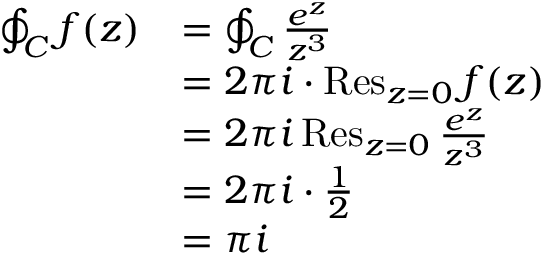
{ \begin{array} { r l } { \oint _ { C } f ( z ) } & { = \oint _ { C } { \frac { e ^ { z } } { z ^ { 3 } } } } \\ & { = 2 \pi i \cdot \operatorname { R e s } _ { z = 0 } f ( z ) } \\ & { = 2 \pi i \operatorname { R e s } _ { z = 0 } { \frac { e ^ { z } } { z ^ { 3 } } } } \\ & { = 2 \pi i \cdot { \frac { 1 } { 2 } } } \\ & { = \pi i } \end{array} }